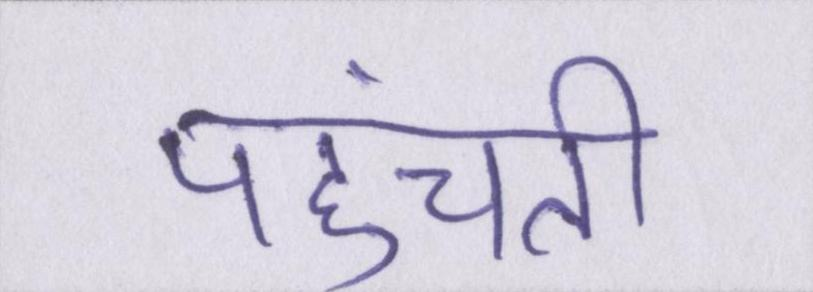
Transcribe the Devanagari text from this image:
पहुंचती